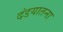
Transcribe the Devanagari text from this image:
दंडयातना